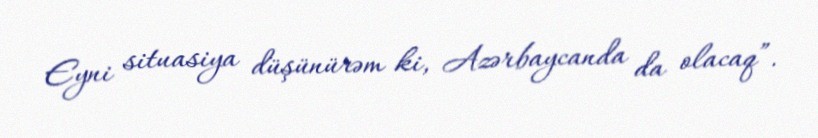
Eyni situasiya düşünürəm ki, Azərbaycanda da olacaq”.